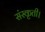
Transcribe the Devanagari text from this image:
संस्कृती।